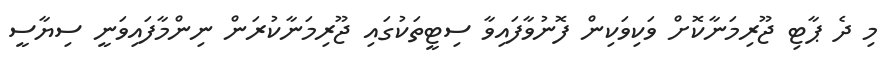
މި ދެ ޕާޓި ޖޫރިމަނާކޮށް ވަކިވަކިން ފޮނުވާފައިވާ ސިޓީތަކުގައި ޖޫރިމަނާކުރަން ނިންމާފައިވަނީ ސިޔާސީ